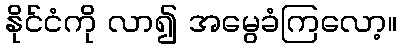
နိုင်ငံကို လာ၍ အမွေခံကြလော့။